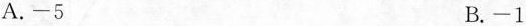
A.-5 B.-1